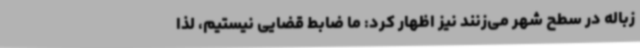
زباله در سطح شهر می‌زنند نیز اظهار کرد: ما ضابط قضایی نیستیم، لذا